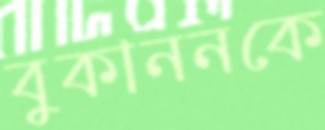
বুকাননকে